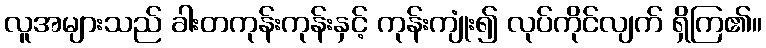
လူအများသည် ခါးတကုန်းကုန်းနှင့် ကုန်းကျုံး၍ လုပ်ကိုင်လျက် ရှိကြ၏။